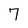
Character: 7